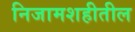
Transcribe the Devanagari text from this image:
निजामशहीतील